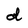
Character: d